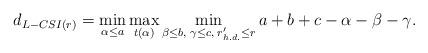
LaTeX: \begin{align*}d_{L-CSI(r)} = \min_{\alpha\leq a}\max_{t(\alpha)}\min_{\beta\leq b,\;\gamma\leq c,\; r'_{h.d.}\leq r} a+b+c-\alpha-\beta-\gamma.\end{align*}